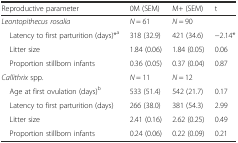
| Reproductive parameter | 0M (SEM) | M+ (SEM) | t |
 | --- | --- | --- | --- |
 | Leontopithecus rosalia | N = 61 | N = 90 |  |
 | Latency to first parturition (days)*a | 318 (32.9) | 421 (34.6) | −2.14* |
 | Litter size | 1.84 (0.06) | 1.84 (0.05) | 0.06 |
 | Proportion stillborn infants | 0.36 (0.05) | 0.37 (0.04) | 0.87 |
 | Callithrix spp. | N = 11 | N = 12 |  |
 | Age at first ovulation (days)b | 533 (51.4) | 542 (21.7) | 0.17 |
 | Latency to first parturition (days) | 266 (38.0) | 381 (54.3) | 2.99 |
 | Litter size | 2.41 (0.16) | 2.62 (0.25) | 0.49 |
 | Proportion stillborn infants | 0.24 (0.06) | 0.22 (0.09) | 0.21 |